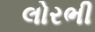
લોરભી